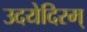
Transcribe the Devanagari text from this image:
उदयेदिरम्